Vaccination in Burma 1920-1933 - 1920-1933
Year: 1920
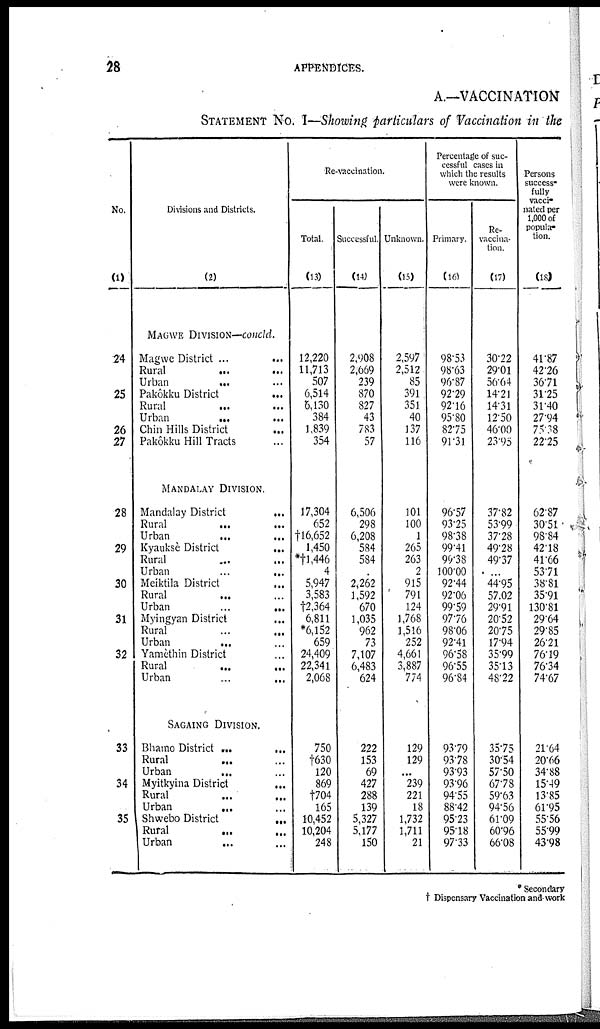
28
APPENDICES.
A.—VACCINATION
STATEMENT No. I—Showing particulars of Vaccination in the
No.
(1)
24
25
26
27
28
29
30
31
32
33
34
35
Divisions and Districts.
(2)
MAGWE DIVISION—concld.
Magwe District ...
...
Rural
...
...
Urban ... ...
Pakôkku District ...
Rural ... ...
Urban
...
...
Chin Hills District ...
Pakôkku Hill Tracts ...
MANDALAY DIVISION.
Mandalay District
...
Rural ... ...
Urban
...
...
Kyauksè District
...
Rural ... ...
Urban
...
...
Meiktila District ...
Rural ... ...
Urban
...
...
Myingyan District ...
Rural ... ...
Urban
... ...
Yamèthin District ...
Rural
...
...
Urban
...
...
SAGAING DIVISION.
Bhamo District ...
...
Rural ... ...
Urban
... ...
Myitkyina District
...
Rural ... ...
Urban
... ...
Shwebo District
...
Rural
...
...
Urban
... ...
Re-Vaccination.
Total.
(13)
12,220
11,713
507
6,514
6,130
384
1,839
354
17,304
652
†16,652
1,450
*†1,446
4
5,947
3,583
†2,364
6,811
*6,152
659
24,409
22,341
2,068
750
†630
120
869
†704
165
10,452
10,204
248
Successful.
(14)
2,908
2,669
239
870
827
43
783
57
6,506
298
6,208
584
584
...
2,262
1,592
670
1,035
962
73
7,107
6,483
624
222
153
69
427
288
139
5,327
5,177
150
Unknown.
(15)
2,597
2,512
85
391
351
40
137
116
101
100
1
265
263
2
915
791
124
1,768
1,516
252
4,661
3,887
774
129
129
...
239
221
18
1,732
1,711
21
Percentage of suc-
cessful cases in
which the results
were known.
Primary.
(16)
98.53
98.63
96.87
92.29
92.16
95.80
82.75
91.31
96.57
93.25
98.38
99.41
90.38
100.00
92.44
92.06
99.59
97.76
98.06
92.41
96.58
96.55
96.84
93.79
93.78
93.93
93.96
94.55
88.42
95.23
95.18
97.33
Re¬
vaccina-
tion.
(17)
30.22
29.01
56.64
14.21
14.31
12.50
46.00
23.95
37.82
53.99
37.28
49.28
49.37
...
44.95
57.02
29.91
20.52
20.75
17.94
35.99
35.13
48.22
35.75
30.54
57.50
67.78
59.63
94.56
61.09
60.96
66.08
Persons
success¬
fully
vacci-
nated per
1,000 of
popula-
tion.
(18)
41.87
42.26
36.71
31.25
31.40
27.94
75.38
22.25
62.87
30.51
98.84
42.18
41.66
53.71
38.81
35.91
130.81
29.64
29.85
26.21
76.19
76.34
74.67
21.64
20.66
34.88
15.49
13.85
61.95
55.56
55.99
43.98
* Secondary
† Dispensary Vaccination and work